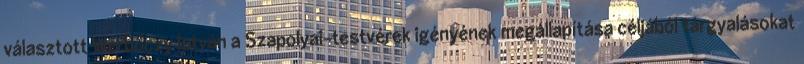
választott Werbőczy István a Szapolyai-testvérek igényének megállapítása céljából tárgyalásokat